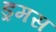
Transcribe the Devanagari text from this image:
ड्रमस